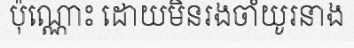
ប៉ុណ្ណោះ ដោយមិនរងចាំយូរនាង